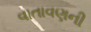
વાતાવણની